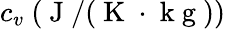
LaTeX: c_{v}~(\mathrm{~J~}/(\mathrm{~K~}\cdot\mathrm{~k~g~}))